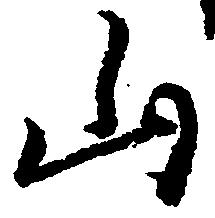
山